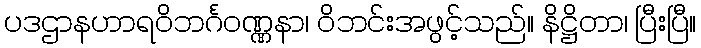
ပဒဌာနဟာရဝိဘင်္ဂဝဏ္ဏနာ၊ ဝိဘင်းအဖွင့်သည်။ နိဋ္ဌိတာ၊ ပြီးပြီ။